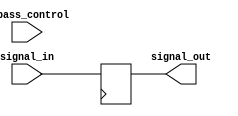
module Priority_Bypass_Register (
    input wire [31:0] signal_in,
    input wire [3:0] bypass_control,
    output reg [31:0] signal_out
);

always @ (posedge clk) begin
    case (bypass_control)
        4'b0000: signal_out <= signal_in; // No bypass
        4'b0001: signal_out <= signal_in; // Bypass specific timing control/synchronization block
        4'b0010: signal_out <= signal_in; // Bypass specific signals/events
        // Add more cases as needed based on the design requirements
        default: signal_out <= signal_in;
    endcase
end

endmodule